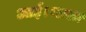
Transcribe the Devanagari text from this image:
आई।भारत